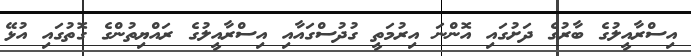
އިސްރާއީލުގެ ބާރުގެ ދަށުގައި އޮންނަ އިރުމަތީ ގުދުސްގައާއި އިސްރާއީލުގެ ރައްޔިތުންގެ ގޮތުގައި އުޅޭ